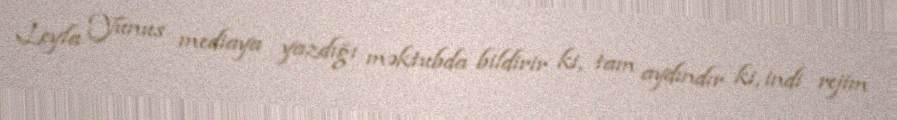
Leyla Yunus mediaya yazdığı məktubda bildirir ki, tam aydındır ki, indi rejim